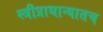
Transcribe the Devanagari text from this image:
स्त्रीप्राधान्यातच